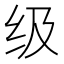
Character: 级